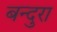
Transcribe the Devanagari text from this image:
बन्दुरा